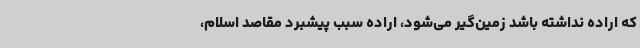
که اراده نداشته باشد زمین‌گیر می‌شود، اراده سبب پیشبرد مقاصد اسلام،